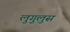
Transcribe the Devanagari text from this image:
लुगुलुस